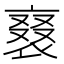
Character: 𧚰